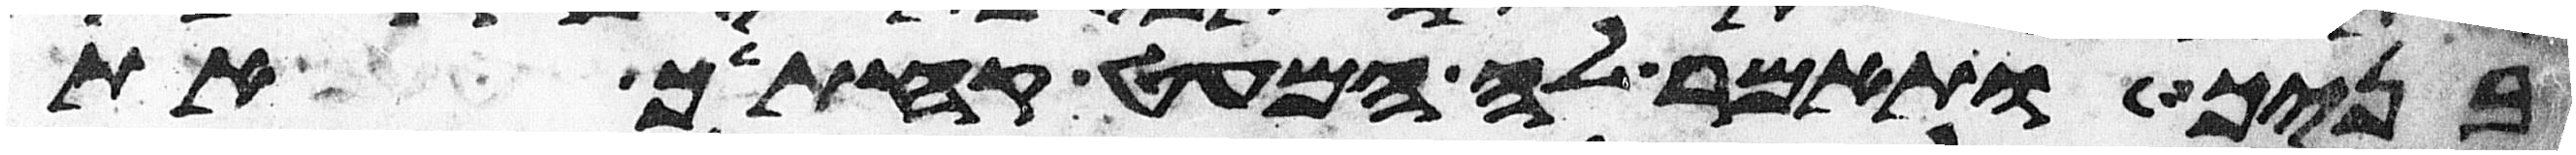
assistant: בניך ותאמר לה המעט קחתיך את